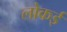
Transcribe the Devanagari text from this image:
लोकई